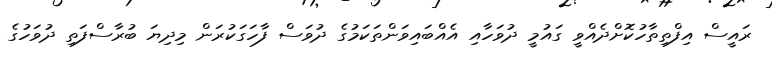
ރައީސް އިފްތިތާހުކޮށްދެއްވީ ގައުމީ ދުވަހާއި އެއްބައިވަންތަކަމުގެ ދުވަސް ފާހަގަކުރަން މިދިޔަ ބުރާސްފަތި ދުވަހުގެ